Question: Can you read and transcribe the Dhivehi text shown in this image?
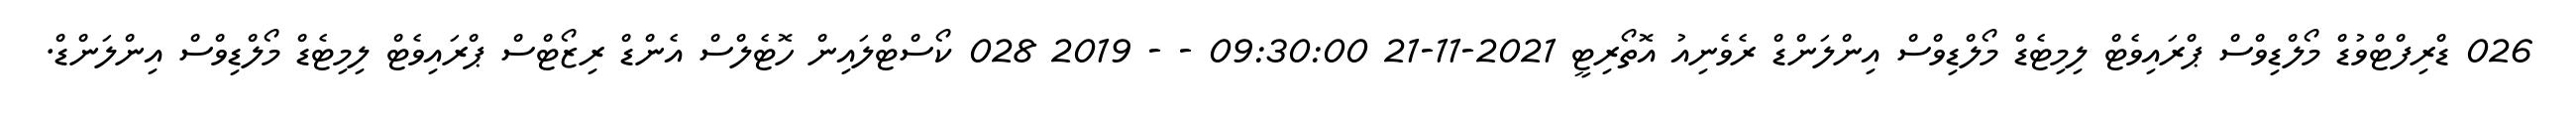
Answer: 026 ޑްރިފްޓްވުޑް މޯލްޑިވްސް ޕްރައިވެޓް ލިމިޓެޑް މޯލްޑިވްސް އިންލަންޑް ރެވެނިއު އޮތޯރިޓީ 2021-11-21 09:30:00 - - 2019 028 ކޯސްޓްލައިން ހޮޓެލްސް އެންޑް ރިޒޯޓްސް ޕްރައިވެޓް ލިމިޓެޑް މޯލްޑިވްސް އިންލަންޑް.